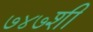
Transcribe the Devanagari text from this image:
७४७शी